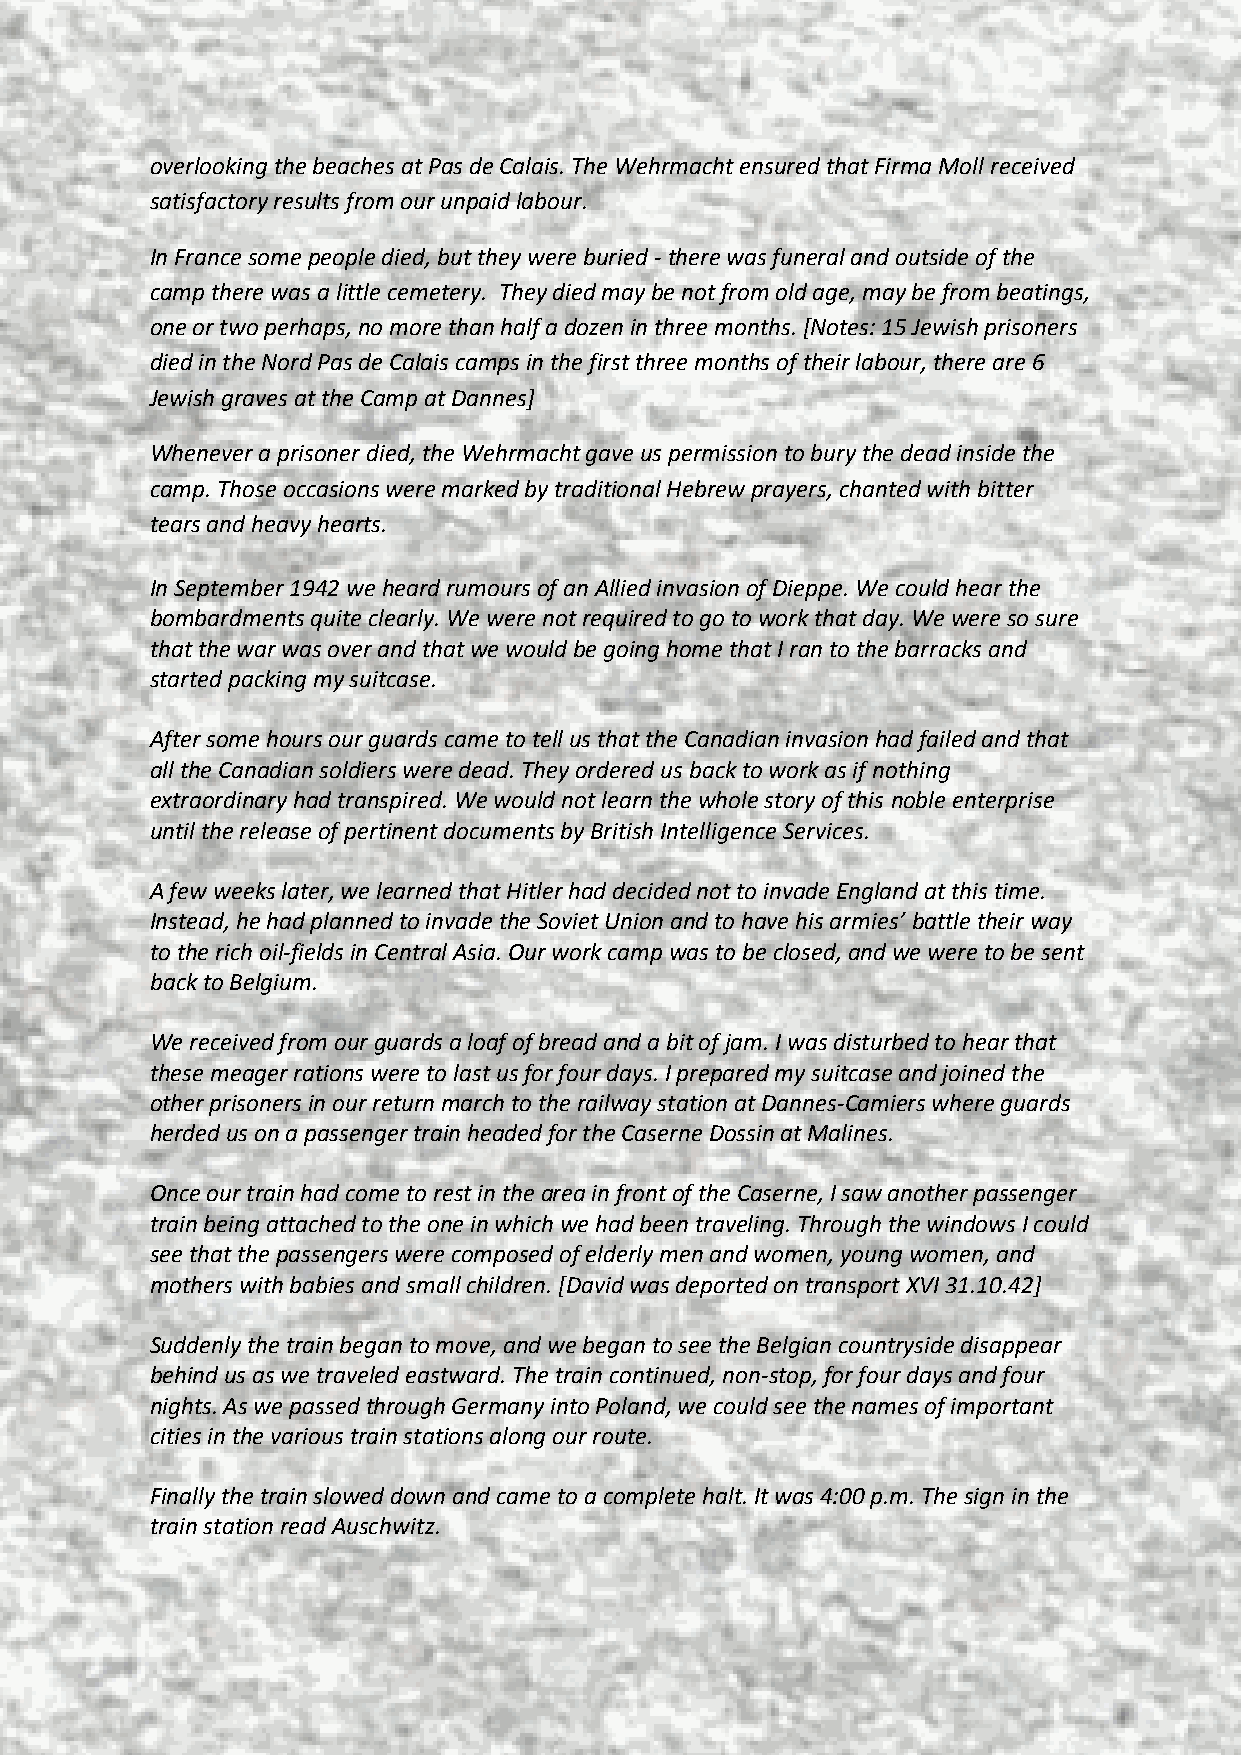
overlooking the beaches at Pas de Calais. The Wehrmacht ensured that Firma Moll received
 satisfactory results from our unpaid labour.
 In France some people died, but they were buried - there was funeral and outside of the
 camp there was a little cemetery. They died may be not from old age, may be from beatings,
 one or two perhaps, no more than half a dozen in three months. [Notes: 15 Jewish prisoners
 died in the Nord Pas de Calais camps in the first three months of their labour, there are 6
 Jewish graves at the Camp at Dannes]
 Whenever a prisoner died, the Wehrmacht gave us permission to bury the dead inside the
 camp. Those occasions were marked by traditional Hebrew prayers, chanted with bitter
 tears and heavy hearts.
 In September 1942 we heard rumours of an Allied invasion of Dieppe. We could hear the
 bombardments quite clearly. We were not required to go to work that day. We were so sure
 that the war was over and that we would be going home that I ran to the barracks and
 started packing my suitcase.
 After some hours our guards came to tell us that the Canadian invasion had failed and that
 all the Canadian soldiers were dead. They ordered us back to work as if nothing
 extraordinary had transpired. We would not learn the whole story of this noble enterprise
 until the release of pertinent documents by British Intelligence Services.
 A few weeks later, we learned that Hitler had decided not to invade England at this time.
 Instead, he had planned to invade the Soviet Union and to have his armies’ battle their way
 to the rich oil-fields in Central Asia. Our work camp was to be closed, and we were to be sent
 back to Belgium.
 We received from our guards a loaf of bread and a bit of jam. I was disturbed to hear that
 these meager rations were to last us for four days. I prepared my suitcase and joined the
 other prisoners in our return march to the railway station at Dannes-Camiers where guards
 herded us on a passenger train headed for the Caserne Dossin at Malines.
 Once our train had come to rest in the area in front of the Caserne, I saw another passenger
 train being attached to the one in which we had been traveling. Through the windows I could
 see that the passengers were composed of elderly men and women, young women, and
 mothers with babies and small children. [David was deported on transport XVI 31.10.42]
 Suddenly the train began to move, and we began to see the Belgian countryside disappear
 behind us as we traveled eastward. The train continued, non-stop, for four days and four
 nights. As we passed through Germany into Poland, we could see the names of important
 cities in the various train stations along our route.
 Finally the train slowed down and came to a complete halt. It was 4:00 p.m. The sign in the
 train station read Auschwitz.